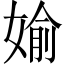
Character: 媮